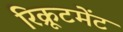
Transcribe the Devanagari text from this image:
रिक्रूटमेंट